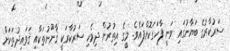
ސަރުކާރުގެ ބަޔާނުގައި ވަނީ ފާހަގަކޮށްފައެވެ. މީގެ އިތުރުން ދިވެހި ސަރުކާރަކީ ޤާނޫނުތަކާއި ޤަވައިދުތަކަށް